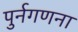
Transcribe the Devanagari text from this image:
पुर्नगणना